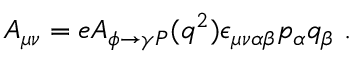
A _ { \mu \nu } = e A _ { \phi \to \gamma P } ( q ^ { 2 } ) \epsilon _ { \mu \nu \alpha \beta } p _ { \alpha } q _ { \beta } \ .